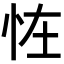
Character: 𢘪